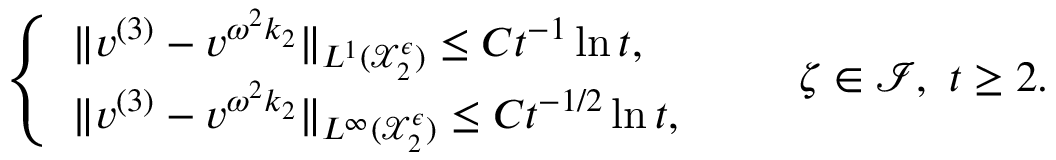
\begin{array} { r } { \left\{ \begin{array} { l l } { \| v ^ { ( 3 ) } - v ^ { \omega ^ { 2 } k _ { 2 } } \| _ { L ^ { 1 } ( \mathcal { X } _ { 2 } ^ { \epsilon } ) } \leq C t ^ { - 1 } \ln t , } \\ { \| v ^ { ( 3 ) } - v ^ { \omega ^ { 2 } k _ { 2 } } \| _ { L ^ { \infty } ( \mathcal { X } _ { 2 } ^ { \epsilon } ) } \leq C t ^ { - 1 / 2 } \ln t , } \end{array} \right. \qquad \zeta \in \mathcal { I } , \ t \geq 2 . } \end{array}